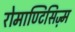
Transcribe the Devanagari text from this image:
रोमाण्टिसिज़्म